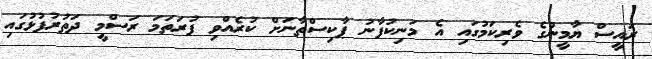
ރައީސް ޔާމީންގެ ވެރިކަމުގައި އެ މަނިކުފާނު ޕާކިސްތާނަށް ކުރެއްވި ފުރަތަމަ ރަސްމީ ދަތުރުފުޅުގައި